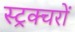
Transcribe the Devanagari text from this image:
स्ट्रक्चरों